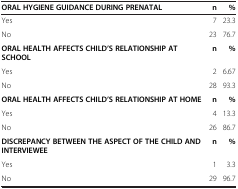
| ORAL HYGIENE GUIDANCE DURING PRENATAL | n | % |
 | --- | --- | --- |
 | Yes | 7 | 23.3 |
 | No | 23 | 76.7 |
 | ORAL HEALTH AFFECTS CHILD’S RELATIONSHIP AT SCHOOL | n | % |
 | Yes | 2 | 6.67 |
 | No | 28 | 93.3 |
 | ORAL HEALTH AFFECTS CHILD’S RELATIONSHIP AT HOME | n | % |
 | Yes | 4 | 13.3 |
 | No | 26 | 86.7 |
 | DISCREPANCY BETWEEN THE ASPECT OF THE CHILD AND INTERVIEWEE | n | % |
 | Yes | 1 | 3.3 |
 | No | 29 | 96.7 |